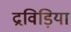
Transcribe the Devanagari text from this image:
द्रविड़िया